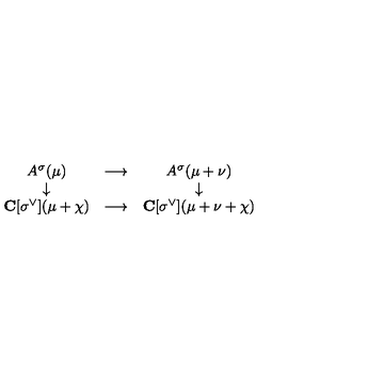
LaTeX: \begin{array} { c c c } { A ^ { \sigma } ( \mu ) } & { \longrightarrow } & { A ^ { \sigma } ( \mu + \nu ) } \\ { \downarrow } & { } & { \downarrow } \\ { { \bf C } [ \sigma ^ { \vee } ] ( \mu + \chi ) } & { \longrightarrow } & { { \bf C } [ \sigma ^ { \vee } ] ( \mu + \nu + \chi ) } \\ \end{array}